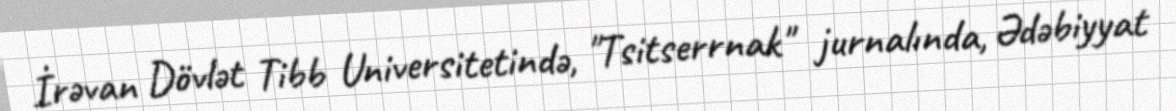
İrəvan Dövlət Tibb Universitetində, "Tsitserrnak" jurnalında, Ədəbiyyat